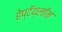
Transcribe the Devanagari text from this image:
हेप्टॅथ्‍लॉन